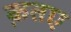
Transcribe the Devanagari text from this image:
क़तए